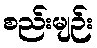
စည်းမျဉ်း